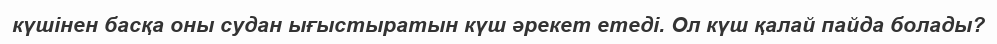
күшінен басқа оны судан ығыстыратын күш әрекет етеді. Ол күш қалай пайда болады?